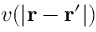
v ( | \mathbf { r } - \mathbf { r } ^ { \prime } | )